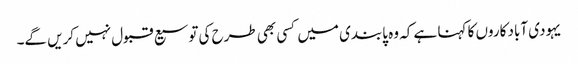
یہودی آباد کاروں کا کہنا ہے کہ وہ پابندی میں کسی بھی طرح کی توسیع قبول نہیں کریں گے۔